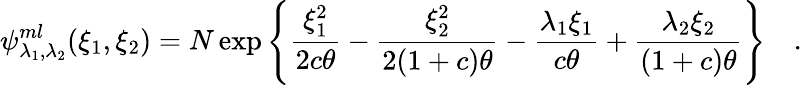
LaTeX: \psi_{\lambda_{1},\lambda_{2}}^{ml}(\xi_{1},\xi_{2})=N\exp\left\lbrace{\frac{\xi_{1}^{2}}{2c\theta}}-{\frac{\xi_{2}^{2}}{2(1+c)\theta}}-{\frac{\lambda_{1}\xi_{1}}{c\theta}}+{\frac{\lambda_{2}\xi_{2}}{(1+c)\theta}}\right\rbrace\quad.